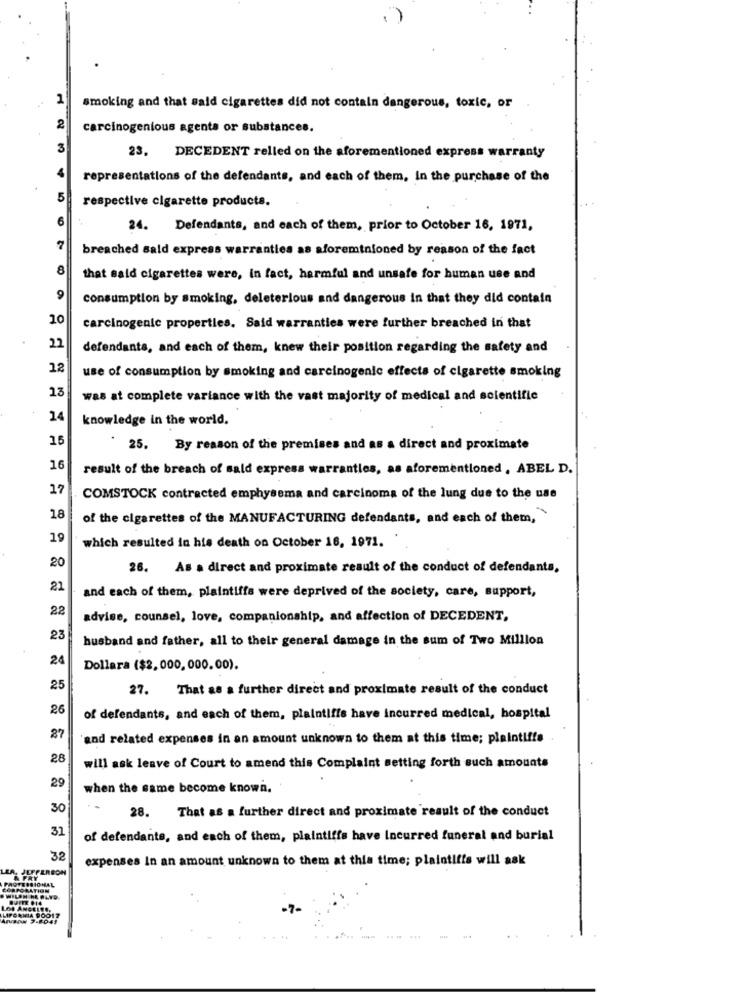
1
smoking and that said cigarettes did not contain dangerous, toxic, or
carcinogenious agents or substances.
23. DECEDENT relled on the aforementioned express warranty
representations of the defendants, and each of them, in the purchase of the
5
respective cigarette products.
24. Defendants, and each of them, prior to October 16, 1971,
breached sald express warranties as aforeminioned by reason of the fact
8
that said cigarettes were, in fact, harmful and unsafe for human use and
9
consumption by smoking, deleterious and dangerous in that they did contain
10
carcinogenic properties. Said warranties were further breached in that
22
defendants, and each of them, knew their position regarding the safety and
12
use of consumption by smoking and carcinogenic effects of cigarette smoking
13
was at complete variance with the vast majority of medical and scientific
14
knowledge in the world.
15
25. By reason of the premises and as a direct and proximate
16
result of the breach of sald express warranties, as aforementioned , ABEL D.
17
COMSTOCK contracted emphysema and carcinoma of the lung due to the use
18
of the cigarettes of the MANUFACTURING defendants, and each of them,
19
which resulted in his death on October 16, 1971.
20
26. As a direct and proximate result of the conduct of defendants,
21
and each of them, plaintiffs were deprived of the society, care, support,
22
advise, counsel, love, companionship, and affection of DECEDENT,
23
husband and father, all to their general damage in the sum of Two Million
24
Dollara ($2, 000, 000.00).
25
27. That as a further direct and proximate result of the conduct
26
of defendants, and each of them, plaintiffs have incurred medical, hospital
27
and related expenses in an amount unknown to them at this time; plaintiffs
28
will ask leave of Court to amend this Complaint setting forth such amounts
29
when the same become known.
30
28. That as a further direct and proximate result of the conduct
31
of defendants, and each of them, plaintiffs have Incurred funeral and burial
32
expenses In an amount unknown to them at this time; plaintiffs will ask
TORIOMAL
FRY
ATION
LOS ANGELES,
-7-
LIFORNIA POOIT